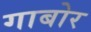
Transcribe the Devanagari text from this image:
गाबोर